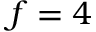
f = 4